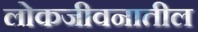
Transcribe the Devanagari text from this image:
लोकजीवनातील